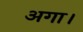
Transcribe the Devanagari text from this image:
अगा।